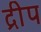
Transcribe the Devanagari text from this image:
द्रीप